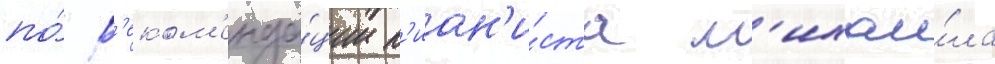
по́ р'еком'енда́ции п'иан'и́ста м'ихаи́ла